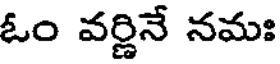
ఓం వర్ణినే నమః